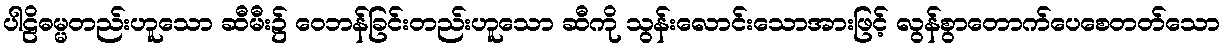
ပါဠိဓမ္မတည်းဟူသော ဆီမီး၌ ဝေဘန်ခြင်းတည်းဟူသော ဆီကို သွန်းလောင်းသောအားဖြင့် လွန်စွာတောက်ပေစေတတ်သော